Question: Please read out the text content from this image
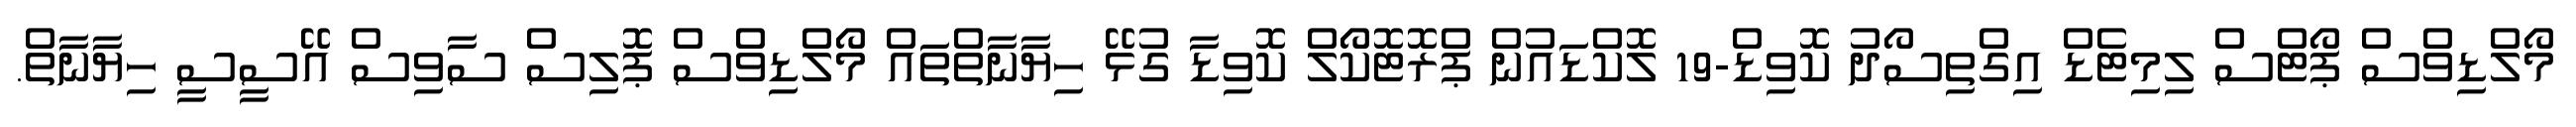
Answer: މޯލްޑިވްސް ޕޯޓްސް ލިމިޓެޑް އިގްތިސޯދު ކޮވިޑް-19 ލޮކްޑައުން ޕްރޮޓޮކޯލް ކޮވިޑާ ގުޅޭ ހިޔާނާތްތައް މޯލްޑިވްސް ޕޮލިސް ސާވިސް އޭސީސީ ހިޔާނާތް.